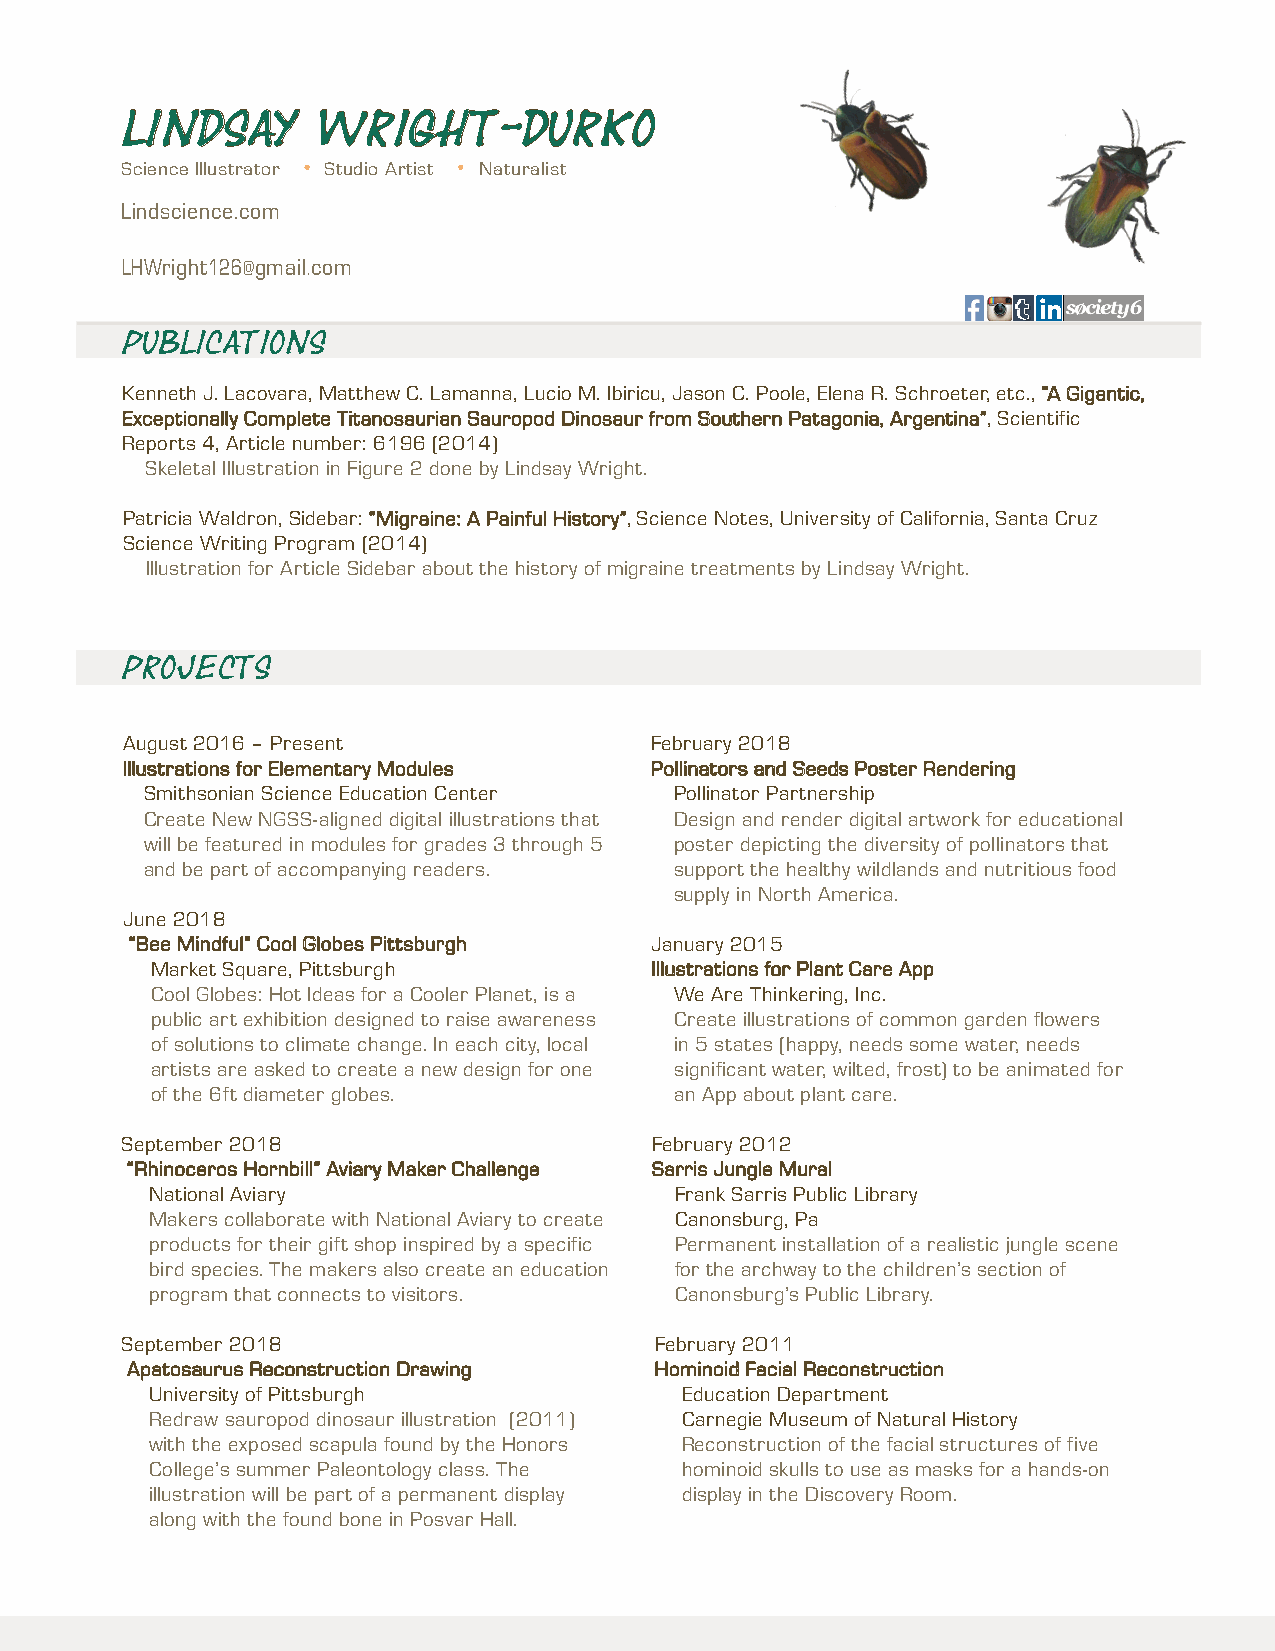
Lindsay      Wright-Durko
 Science Illustrator Studio Artist Naturalist
 Lindscience.com
 LHWright126@gmail.com
 Publications
 Kenneth J. Lacovara, Matthew C. Lamanna, Lucio M. Ibiricu, Jason C. Poole, Elena R. Schroeter, etc., “A Gigantic,
 Exceptionally Complete Titanosaurian Sauropod Dinosaur from Southern Patagonia, Argentina”, Scientific
 Reports 4, Article number: 6196 (2014)
 Skeletal Illustration in Figure 2 done by Lindsay Wright.
 Patricia Waldron, Sidebar: “Migraine: A Painful History”, Science Notes, University of California, Santa Cruz
 Science Writing Program (2014)
 Illustration for Article Sidebar about the history of migraine treatments by Lindsay Wright.
 Projects
 August 2016 – Present              February 2018
 Illustrations for Elementary Modules Pollinators and Seeds Poster Rendering
 Smithsonian Science Education Center Pollinator Partnership
 Create New NGSS-aligned digital illustrations that Design and render digital artwork for educational
 will be featured in modules for grades 3 through 5 poster depicting the diversity of pollinators that
 and be part of accompanying readers. support the healthy wildlands and nutritious food
 supply in North America.
 June 2018
 “Bee Mindful” Cool Globes Pittsburgh January 2015
 Market Square, Pittsburgh        Illustrations for Plant Care App
 Cool Globes: Hot Ideas for a Cooler Planet, is a We Are Thinkering, Inc.
 public art exhibition designed to raise awareness Create illustrations of common garden flowers
 of solutions to climate change. In each city, local in 5 states (happy, needs some water, needs
 artists are asked to create a new design for one significant water, wilted, frost) to be animated for
 of the 6ft diameter globes.        an App about plant care.
 September 2018                     February 2012
 “Rhinoceros Hornbill” Aviary Maker Challenge Sarris Jungle Mural
 National Aviary                    Frank Sarris Public Library
 Makers collaborate with National Aviary to create Canonsburg, Pa
 products for their gift shop inspired by a specific Permanent installation of a realistic jungle scene
 bird species. The makers also create an education for the archway to the children’s section of
 program that connects to visitors. Canonsburg’s Public Library.
 September 2018                     February 2011
 Apatosaurus Reconstruction Drawing Hominoid Facial Reconstruction
 University of Pittsburgh           Education Department
 Redraw sauropod dinosaur illustration (2011) Carnegie Museum of Natural History
 with the exposed scapula found by the Honors Reconstruction of the facial structures of five
 College’s summer Paleontology class. The hominoid skulls to use as masks for a hands-on
 illustration will be part of a permanent display display in the Discovery Room.
 along with the found bone in Posvar Hall.